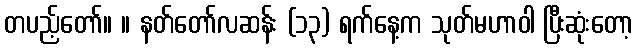
တပည့်တော်။ ။ နတ်တော်လဆန်း (၁၃) ရက်နေ့က သုတ်မဟာဝါ ပြီးဆုံးတော့